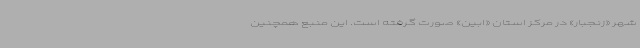
شهر «زنجبار» در مرکز استان «ابین» صورت گرفته است. این منبع همچنین